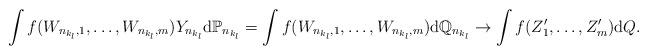
LaTeX: \begin{align*}\int f(W_{n_{k_l},1},\ldots,W_{n_{k_l},m})Y_{n_{k_l}} \mathrm{d}\mathbb{P}_{n_{k_l}}= \int f(W_{n_{k_l},1},\ldots,W_{n_{k_l},m})\mathrm{d}\mathbb{Q}_{n_{k_l}} \to \int f(Z_1',\ldots,Z_{m}') \mathrm{d}Q.\end{align*}